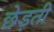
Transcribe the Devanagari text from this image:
छेड़ती